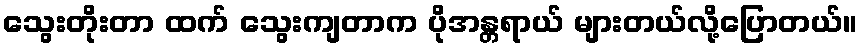
သွေးတိုးတာ ထက် သွေးကျတာက ပိုအန္တရာယ် များတယ်လို့ပြောတယ်။